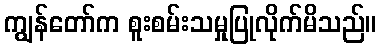
ကျွန်တော်က စူးစမ်းသမှုပြုလိုက်မိသည်။